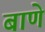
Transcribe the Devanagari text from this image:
बाणे